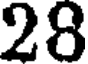
28